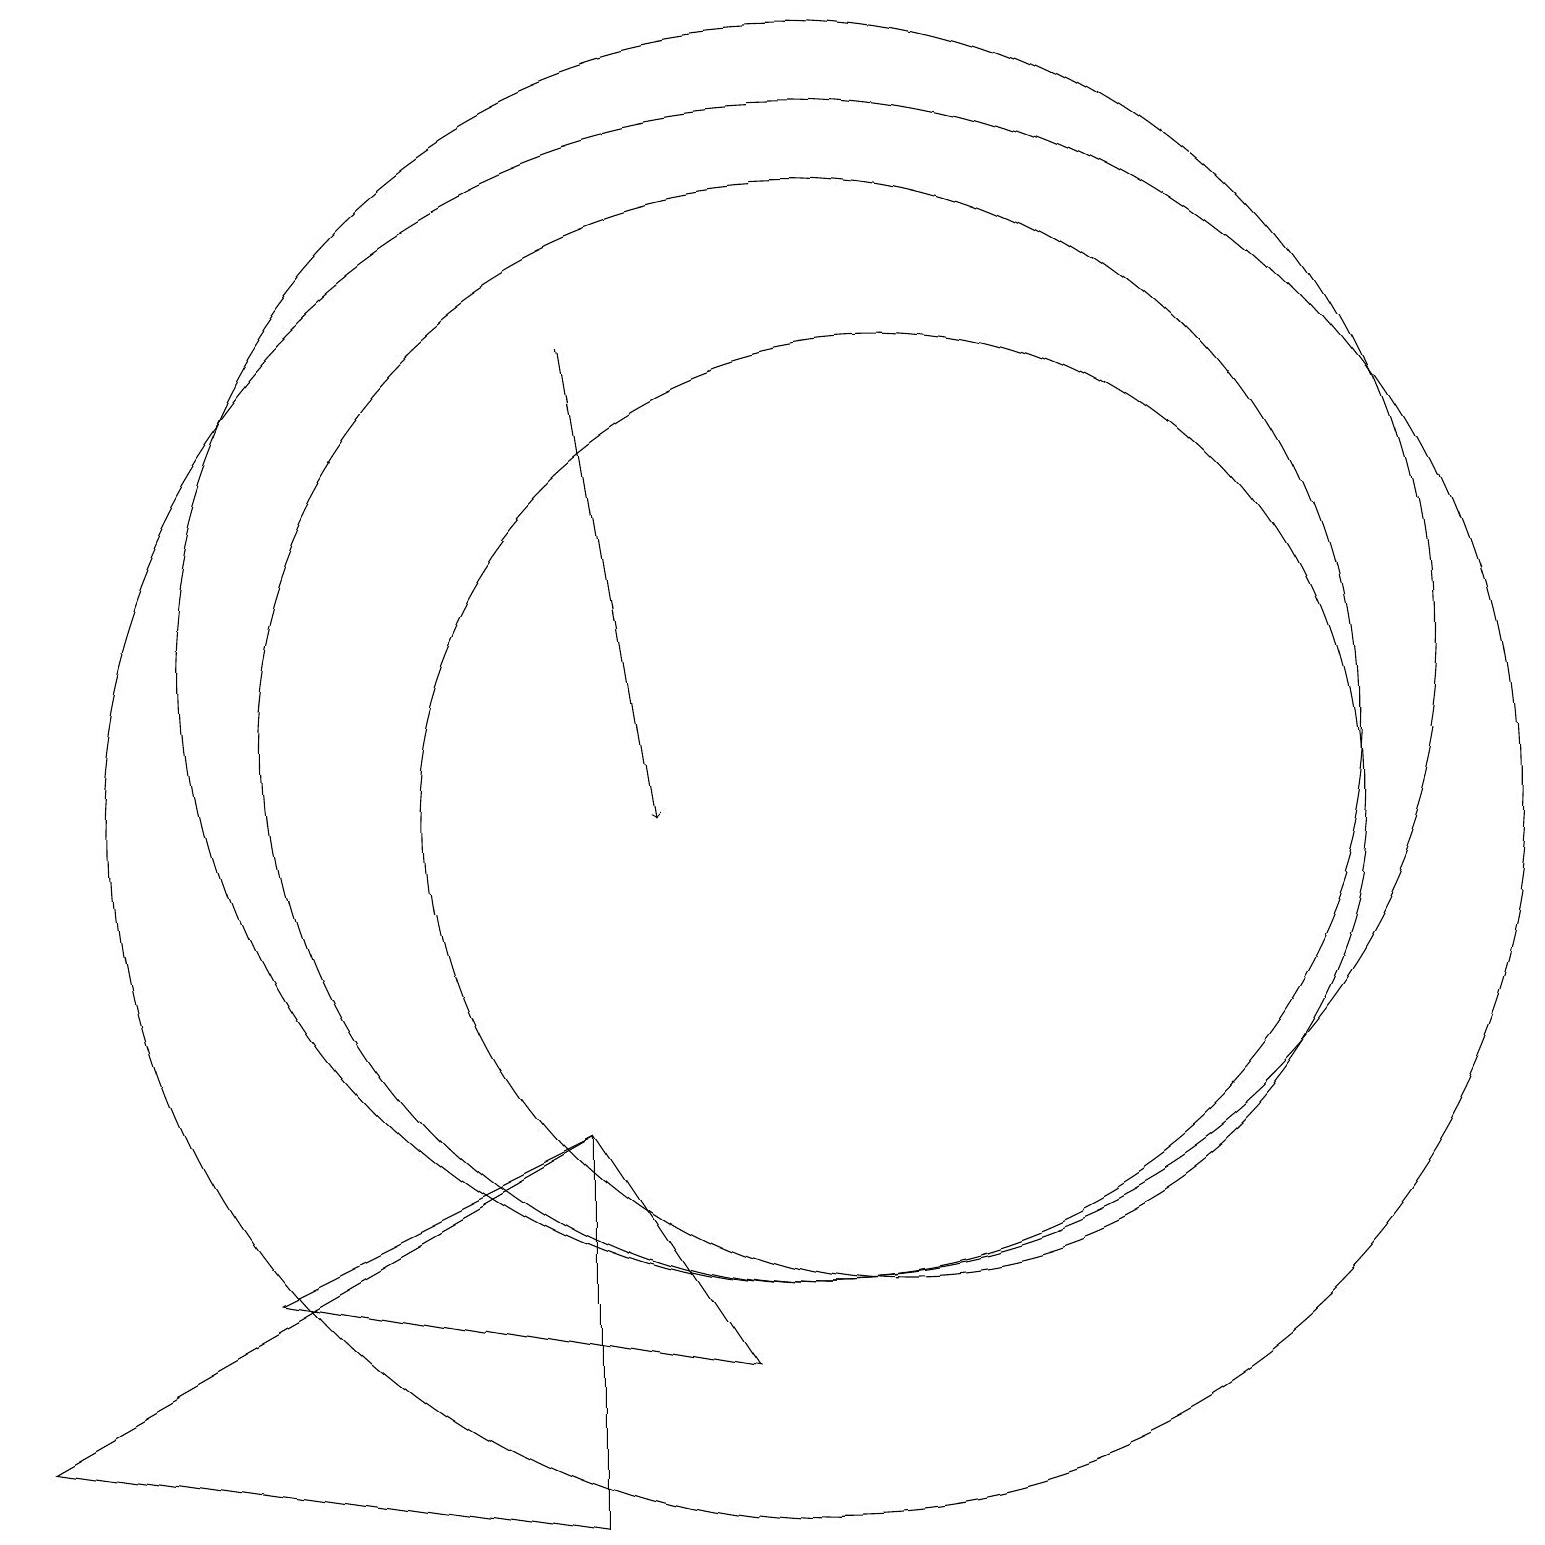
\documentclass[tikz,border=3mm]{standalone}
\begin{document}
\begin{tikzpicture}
\draw (10,12) circle (8);
\draw (11,10) circle (6);
\draw (10,10) circle (9);
\draw[->] (7,16) -- (8,10);
\draw (7,6) -- (7,1) -- (0,2) -- cycle;
\draw (10,11) circle (7);
\draw (9,3) -- (3,4) -- (7,6) -- cycle;
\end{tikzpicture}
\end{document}